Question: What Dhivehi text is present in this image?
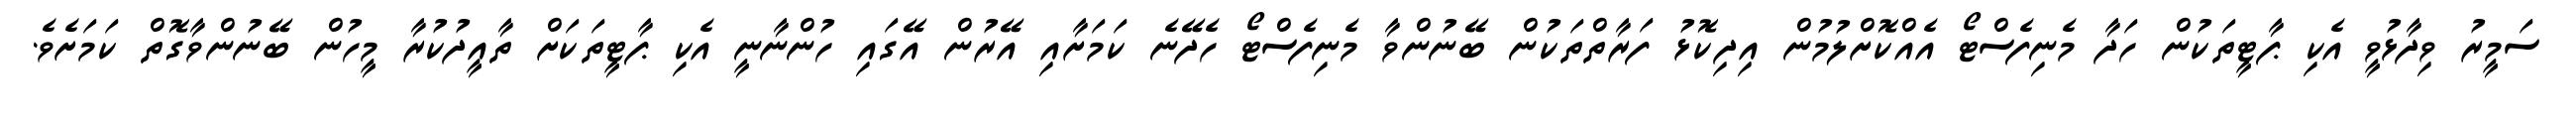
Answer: ސަމީރު ވިދާޅުވީ އެކި ޕާޓީތަކުން ހަދާ މެނިފެސްޓޯ އެއްކޮށްލުމުން އިދިކޮޅު ފަރާތްތަކުން ބޭނުންވާ މެނިފެސްޓޯ ހެދޭނެ ކަމަށާއި އޭރުން އޭގައި ހުންނާނީ އެކި ޕާޓީތަކަށް ތާއީދުކުރާ މީހުން ބޭނުންވާގޮތް ކަމަށެވެ.